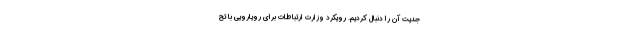
جدیت آن را دنبال کردیم. رویکرد وزارت ارتباطات برای رویارویی با تح